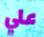
علي